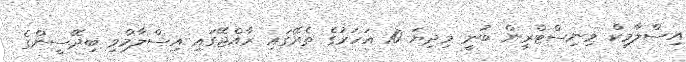
އިސްލާމިކް މިނިސްޓްރީން ބުނީ މިދިޔަ 10 އަހަރުގެ ތެރޭގައި ރާއްޖޭގައި އިސްލާމްވި ބިދޭސީންގެ